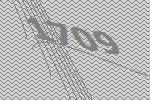
1709